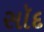
સૉદ